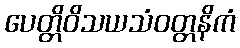
ပေတ္တိဝိသယသံဝတ္တနိကံ